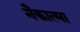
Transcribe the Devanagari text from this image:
नैकात्मा